Report on plague and inoculation in the Punjab from October 1st ... to September 30th..., being the ... season of plague in the province
Disease focus: Plague
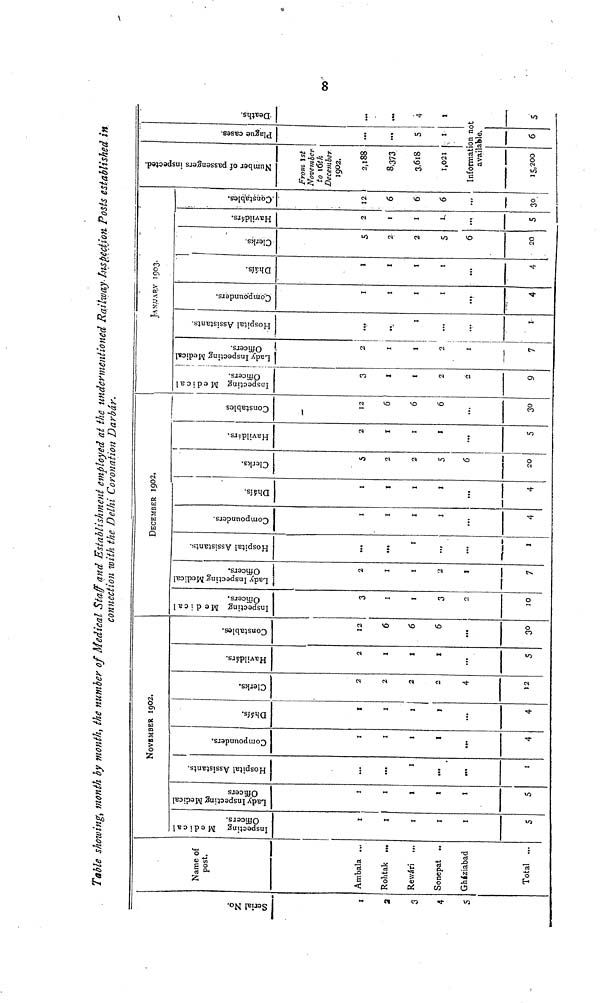
Table showing, month by month, the number of Medical Staff and Establishment employed at the undermentioned Railway Inspection Posts established in
connection with the Delhi Coronation Darbár.
Serial No.
1
2
3
4
5
Name of
post.
Ambala ...
Rohtak ...
Rewári ...
Sonepat ...
Gháziabad
Total ...
Inspecting Medical Officers.
1
1
...
1
1
5
Lady Inspecting Medical Officers.
1
1
1
1
1
5
NOVEMBER 1902.
Hospital Assistants.
...
...
1
...
...
1
Compounders.
1
1
1
1
...
4
Dhàis.
1
1
1
1
...
4
Clerks.
2
2
2
2
4
12
Havildàrs.
2
1
1
1
...
5
Constables.
12
6
6
6
...
30
Inspecting Medical Officers.
3
1
1
3
2
10
Lady Inspecting Medical Officers.
2
1
1
2
1
7
DECEMBER 1902.
Hospital Assistants.
...
...
1
...
...
1
Compounders.
1
1
1
1
...
4
Dhàis.
1
1
1
1
...
4
Clerks.
5
2
2
5
6
20
Havildàrs.
2
1
1
1
...
5
Constables.
12
6
6
6
...
30
Inspecting Medical Officers.
3
1
1
2
2
9
Lady Inspecting Medical Officers.
2
1
1
2
1
7
JANUARY 1903.
Hospital Assistants.
...
...
1
...
...
1
Compounders.
1
1
1
1
...
4
Dhàis.
1
1
1
1
...
4
Clerks.
5
2
2
5
6
20
Havildàrs.
2
1
1
1
...
5
Havildàrs.
12
6
6
6
...
30
Number of passengers inspected
From 1st
November
to 16th
December
1902.
2,188
8,373
3,618
1,021
Plague cases.
...
...
5
1
Deaths.
¥
...
...
4
1
Information not
available.
15,200 6 5